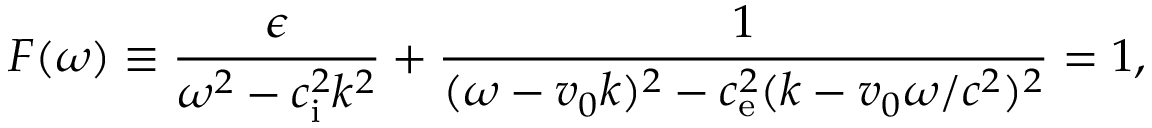
F ( \omega ) \equiv \frac { \epsilon } { \omega ^ { 2 } - c _ { \mathrm { i } } ^ { 2 } k ^ { 2 } } + \frac { 1 } { ( \omega - v _ { 0 } k ) ^ { 2 } - c _ { \mathrm { e } } ^ { 2 } ( k - v _ { 0 } \omega / c ^ { 2 } ) ^ { 2 } } = 1 ,